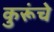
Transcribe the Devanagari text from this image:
कुरूंचे